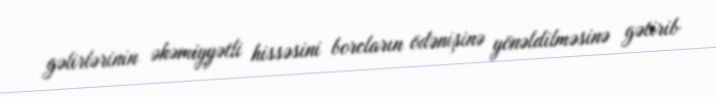
gəlirlərinin əhəmiyyətli hissəsini borcların ödənişinə yönəldilməsinə gətirib